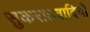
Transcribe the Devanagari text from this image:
सुकरातवादियों